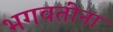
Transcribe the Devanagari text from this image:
भगवतींना